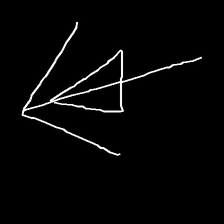
Glyph: pull